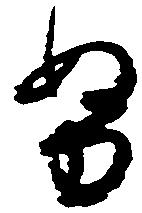
努